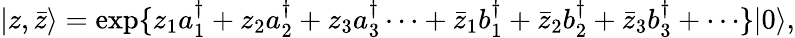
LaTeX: \vert z,\bar{z}\rangle=\exp\{ z_{1}a_{1}^{\dagger}+z_{2}a_{2}^{\dagger}+z_{3}a_{3}^{\dagger}\cdots+\bar{z}_{1}b_{1}^{\dagger}+\bar{z}_{2}b_{2}^{\dagger}+\bar{z}_{3}b_{3}^{\dagger}+\cdots\} \vert 0\rangle,